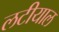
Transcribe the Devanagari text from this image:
लटीयाल